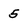
Character: 5